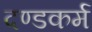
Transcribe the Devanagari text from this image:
दण्डकर्म